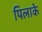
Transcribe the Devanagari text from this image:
पिलाके